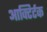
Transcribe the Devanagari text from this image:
आक्टिर्टक